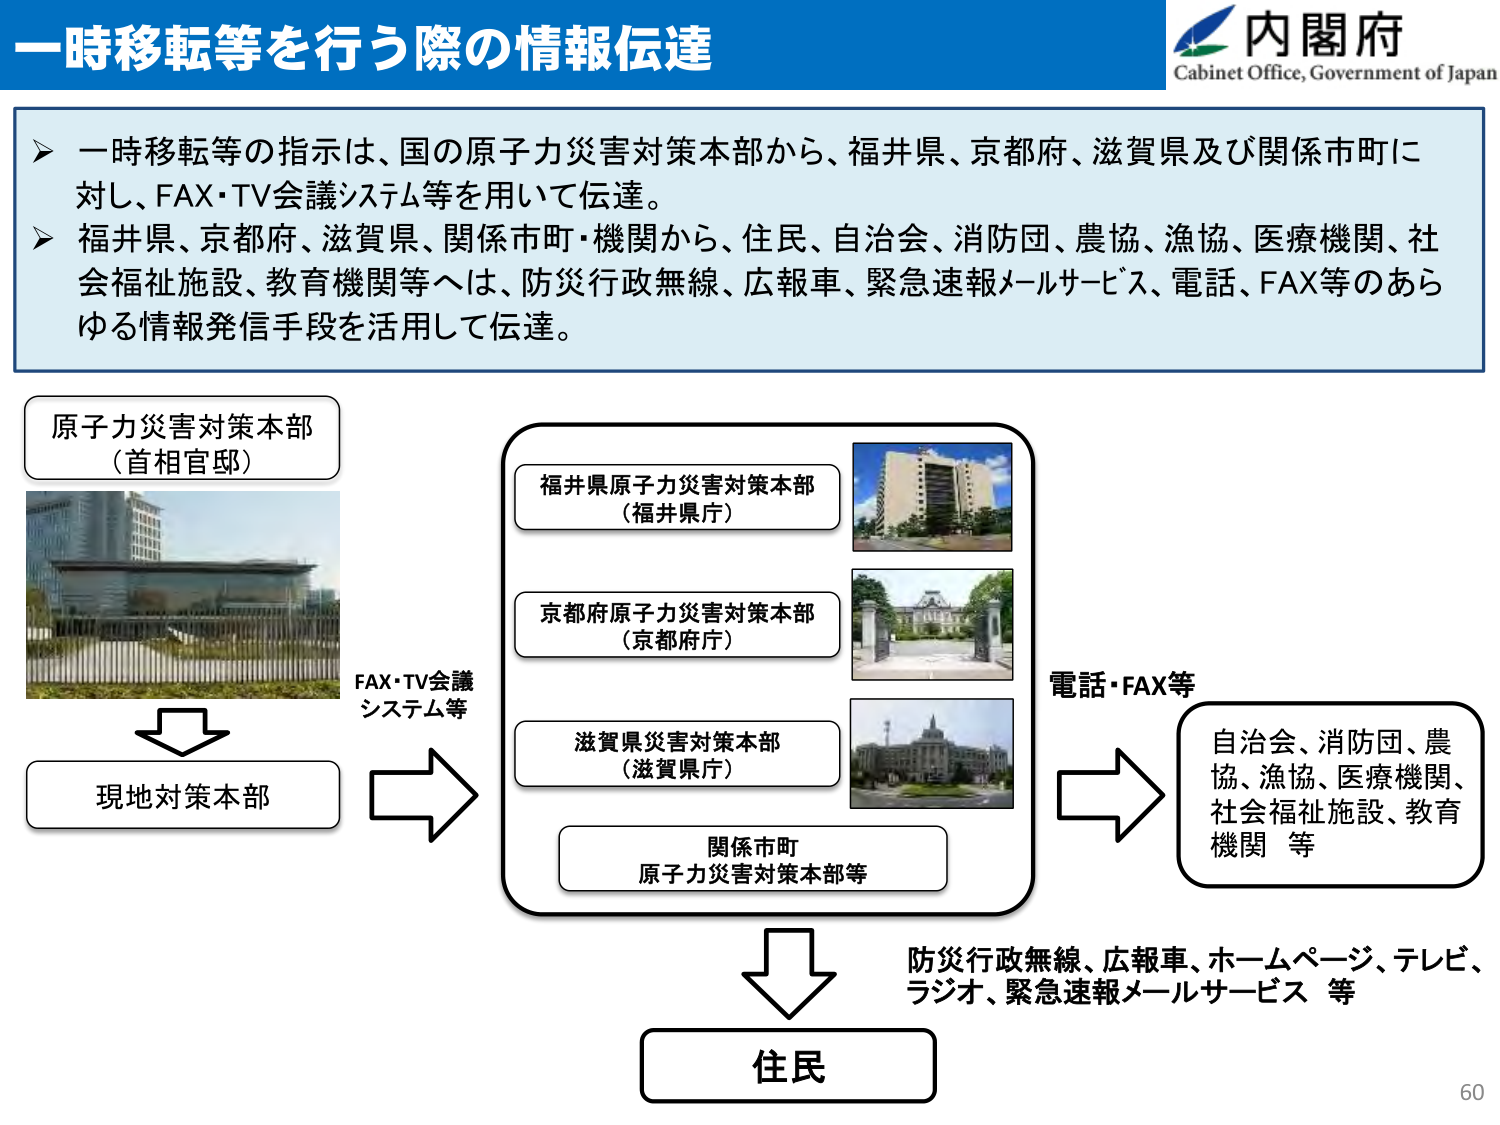
一時移転等を行う際の情報伝達

内閣府
Cabinet Office, Government of Japan

➤ 一時移転等の指示は、国の原子力災害対策本部から、福井県、京都府、滋賀県及び関係市町に対し、FAX・TV会議システム等を用いて伝達。
➤ 福井県、京都府、滋賀県、関係市町・機関から、住民、自治会、消防団、農協、漁協、医療機関、社会福祉施設、教育機関等へは、防災行政無線、広報車、緊急速報メールサービス、電話、FAX等のあらゆる情報発信手段を活用して伝達。

原子力災害対策本部
（首相官邸）

FAX・TV会議
システム等

現地対策本部

福井県原子力災害対策本部
（福井県庁）

京都府原子力災害対策本部
（京都府庁）

滋賀県災害対策本部
（滋賀県庁）

関係市町
原子力災害対策本部等

電話・FAX等

自治会、消防団、農協、漁協、医療機関、社会福祉施設、教育機関 等

防災行政無線、広報車、ホームページ、テレビ、ラジオ、緊急速報メールサービス 等

住民

60